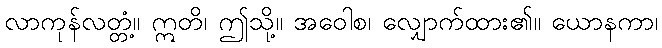
လာကုန်လတ္တံ့။ ဣတိ၊ ဤသို့။ အဝေါစ၊ လျှောက်ထား၏။ ယောနကာ၊